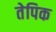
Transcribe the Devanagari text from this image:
तेपिक